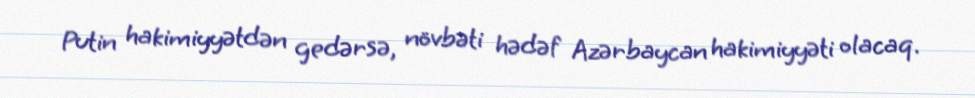
Putin hakimiyyətdən gedərsə, növbəti hədəf Azərbaycan hakimiyyəti olacaq.